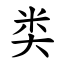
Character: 类